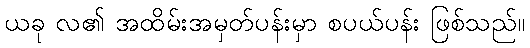
ယခု လ၏ အထိမ်းအမှတ်ပန်းမှာ စပယ်ပန်း ဖြစ်သည်။